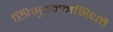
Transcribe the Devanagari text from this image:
स्त्रिभुवनमभिधत्ते